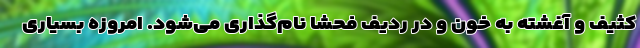
کثیف و آغشته به خون و در ردیف فحشا نام‌گذاری می‌شود. امروزه بسیاری